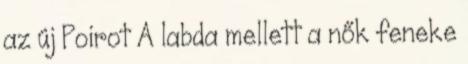
az új Poirot A labda mellett a nők feneke